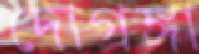
দোগঙ্গা